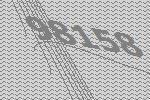
98158